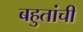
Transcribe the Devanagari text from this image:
बहुतांची